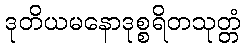
ဒုတိယမနောဒုစ္စရိတသုတ္တံ